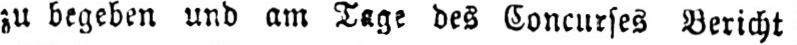
zu begeben und am Tage des Concurses Bericht